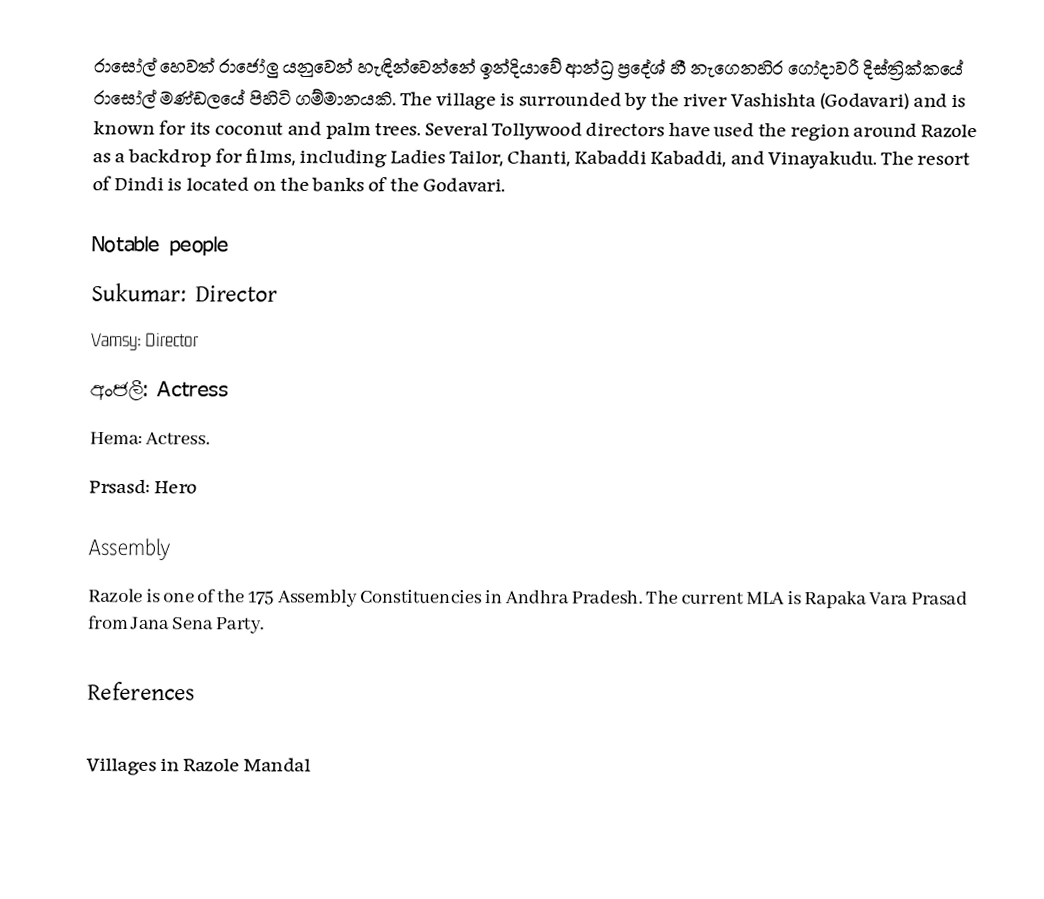
රාසෝල් හෙවත් රාජෝලු යනුවෙන් හැඳින්වෙන්නේ ඉන්දියාවේ ආන්ධ්‍ර ප්‍රදේශ් හී නැගෙනහිර ගෝදාවරී දිස්ත්‍රික්කයේ රාසෝල් මණ්ඩලයේ පිහිටි ගම්මානයකි. The village is surrounded by the river Vashishta (Godavari) and is known for its coconut and palm trees. Several Tollywood directors have used the region around Razole as a backdrop for films, including Ladies Tailor, Chanti, Kabaddi Kabaddi, and Vinayakudu. The resort of Dindi is located on the banks of the Godavari.

Notable people
Sukumar: Director
Vamsy: Director
අංජලී: Actress
Hema: Actress.
Prsasd: Hero

Assembly
Razole is one of the 175 Assembly Constituencies in Andhra Pradesh. The current MLA is Rapaka Vara Prasad from Jana Sena Party.

References

Villages in Razole Mandal